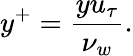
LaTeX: y^{+}=\frac{yu_{\tau}}{\nu_{w}}.